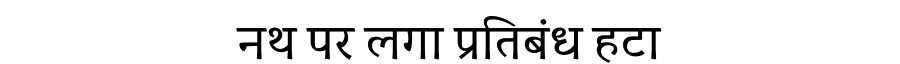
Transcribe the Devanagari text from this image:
नथ पर लगा प्रतिबंध हटा